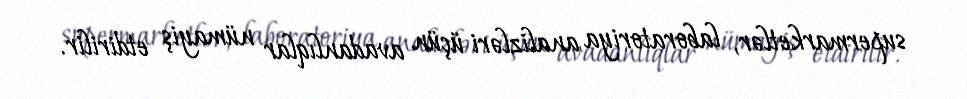
supermarketlər, laboratoriya analizləri üçün avadanlıqlar nümayiş etdirilir.